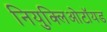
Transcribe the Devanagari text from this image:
नियुक्लिओटॉयड